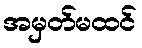
အမှတ်မထင်